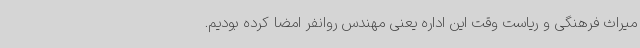
میراث فرهنگی و ریاست وقت این اداره یعنی مهندس روانفر امضا کرده بودیم.